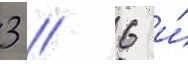
3 / 6 и́